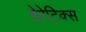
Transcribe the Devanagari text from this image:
हेरेटिक्स